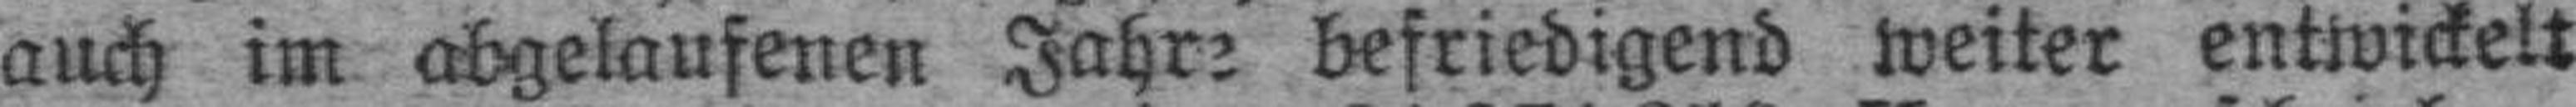
auch im abgelaufenen Jahre befriedigend weiter entwickelt